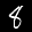
Label: 8